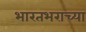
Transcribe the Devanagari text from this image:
भारतभराच्‍या